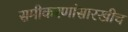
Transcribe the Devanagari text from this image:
समीकरणांसारखीच